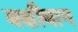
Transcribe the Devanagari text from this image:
बक्षीबाग